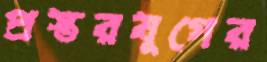
প্রস্তরযুগের